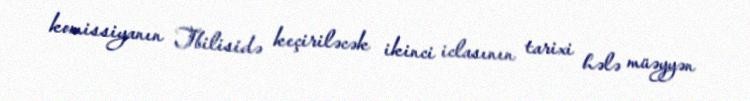
komissiyanın Tbilisidə keçiriləcək ikinci iclasının tarixi hələ müəyyən